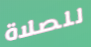
للصلاة